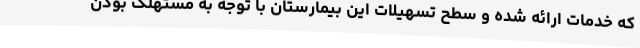
که خدمات ارائه شده و سطح تسهیلات این بیمارستان با توجه به مستهلک بودن